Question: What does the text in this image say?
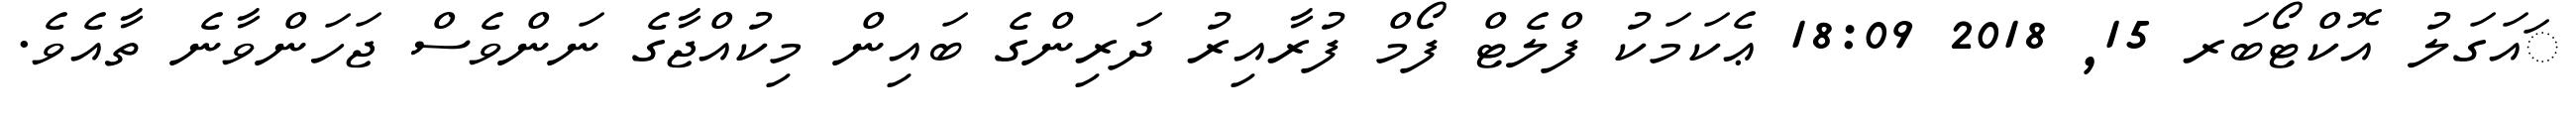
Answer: ައަގަލު އޮކްޓޯބަރ 15, 2018 18:09 ޢެކަމަކު ފްލެޓް ފޯމް ފުރާއިރު ދަރިންގެ ބައިން މިކުއްޖާގެ ނަންވެސް ޖަހަންވާނެ ތާއެވެ.